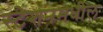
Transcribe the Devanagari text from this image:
स्टेशनमधील